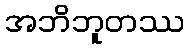
အဘိဘူတဿ